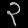
Digit: ၃